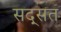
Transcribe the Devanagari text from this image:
सद्सत